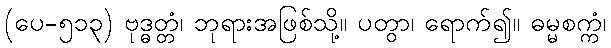
(ပေ-၅၁၃) ဗုဒ္ဓတ္တံ၊ ဘုရားအဖြစ်သို့။ ပတွာ၊ ရောက်၍။ ဓမ္မစက္ကံ၊